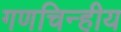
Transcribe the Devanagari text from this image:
गणचिन्हीय